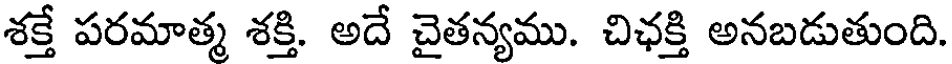
శక్తే పరమాత్మ శక్తి. అదే చైతన్యము. చిఛక్తి అనబడుతుంది.